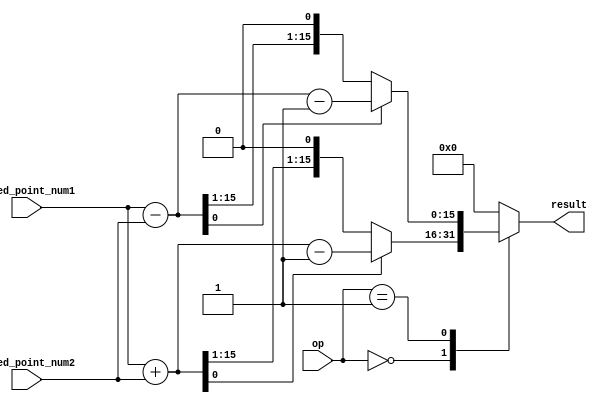
module fixed_point_rounding_unit (
    input [15:0] fixed_point_num1,
    input [15:0] fixed_point_num2,
    input [1:0] op,
    output reg [15:0] result
);

reg [15:0] add_result;
reg [15:0] sub_result;

always @(*) begin
    case(op)
        2'b00: begin // Addition
            add_result = fixed_point_num1 + fixed_point_num2;
            if(add_result[0] == 1) // If result is negative
                result = add_result - 1;
            else
                result = add_result;
        end
        2'b01: begin // Subtraction
            sub_result = fixed_point_num1 - fixed_point_num2;
            if(sub_result[0] == 1) // If result is negative
                result = sub_result - 1;
            else
                result = sub_result;
        end
        default: result = 16'd0;
    endcase
end

endmodule